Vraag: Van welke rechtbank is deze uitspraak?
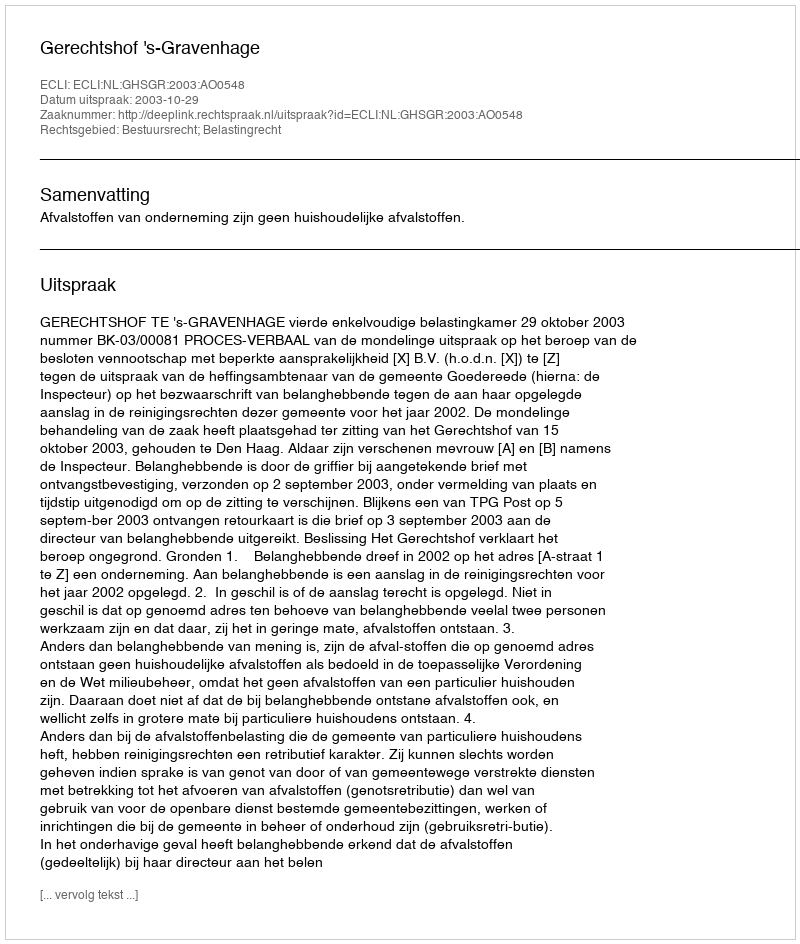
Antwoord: Gerechtshof 's-Gravenhage